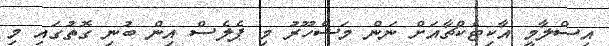
އިސްލާމީ އާކިޓެކްޗާއަށް ނަން މަޝްހޫރު މި ޕެލެސް އިން ބުނި ގޮތުގައި މި